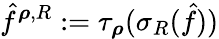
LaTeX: \hat{f}^{{\boldsymbol\rho},R}:=\tau_{\boldsymbol\rho}(\sigma_{R}(\hat{f}))